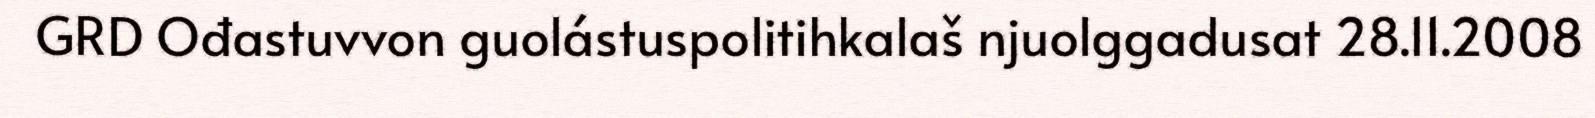
GRD Ođastuvvon guolástuspolitihkalaš njuolggadusat 28.11.2008